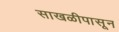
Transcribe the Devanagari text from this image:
साखळीपासून